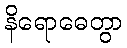
နိရောဓေတွာ